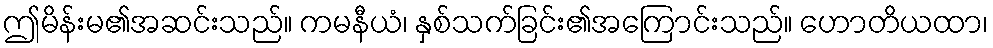
ဤမိန်းမ၏အဆင်းသည်။ ကမနီယံ၊ နှစ်သက်ခြင်း၏အကြောင်းသည်။ ဟောတိယထာ၊